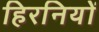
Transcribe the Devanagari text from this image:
हिरनियों